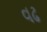
વઢ